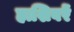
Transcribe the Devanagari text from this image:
हाशिवरें